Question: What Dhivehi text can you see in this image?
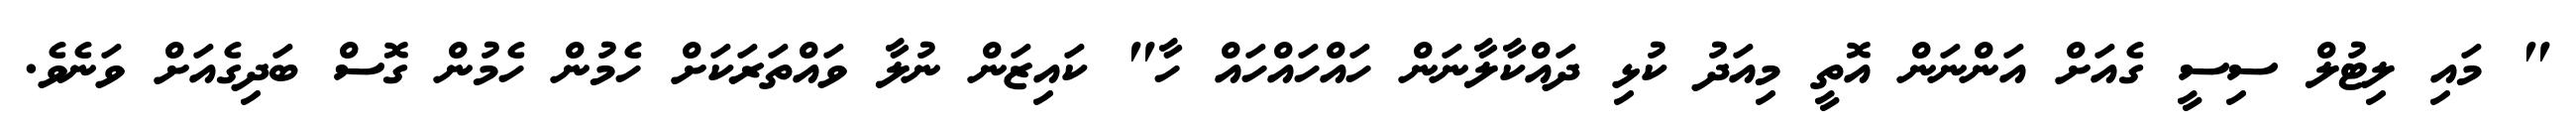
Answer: " މައި ލިޓުލް ސިސީ ގެއަށް އަންނަން އޮތީ މިއަދު ކުޅި ދައްކާލާނަން ހައްހައްހައް ހާ" ކައިޒަން ނުލާ ވައްތަރަކަށް ހެމުން ހެމުން ގޮސް ބަދިގެއަށް ވަނެވެ.